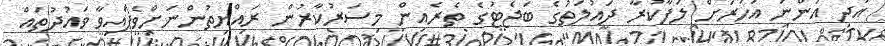
އަދި އަންނަ އަހަރަށް ލަފާކުރާ ދައުލަތުގެ ބަޖެޓުގެ ތެރެއިން މިސަރުކާރުން ރައްޔިތުންނަށްވެފައިވާ ވައުދުތައް